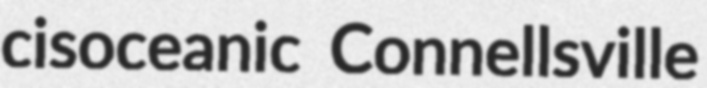
cisoceanic Connellsville